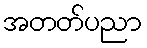
အတတ်ပညာ